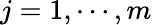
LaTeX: j=1,\cdots,m